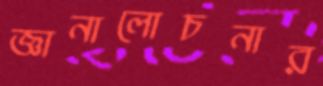
জ্ঞানালোচনার